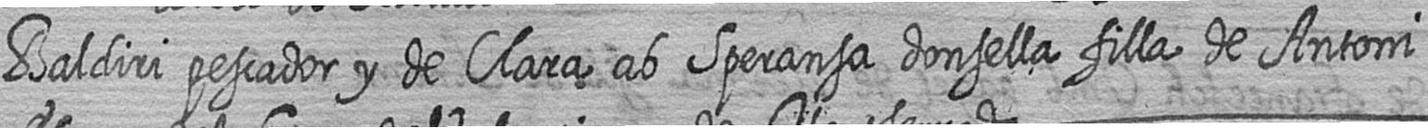
Baldiri pescador y de Clara ab Speransa donsella filla de Antoni